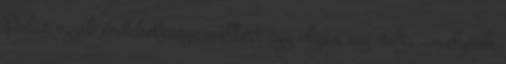
Polat egyik érdekeltsége mellett egy olyan cég volt, amelynek